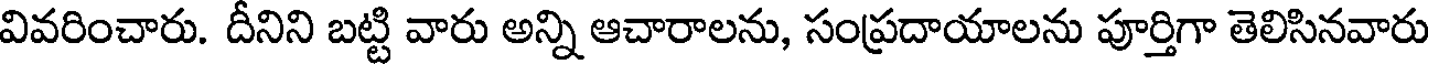
వివరించారు. దీనిని బట్టి వారు అన్ని ఆచారాలను, సంప్రదాయాలను పూర్తిగా తెలిసినవారు